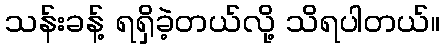
သန်းခန့် ရရှိခဲ့တယ်လို့ သိရပါတယ်။